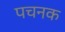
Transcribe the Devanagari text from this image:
पचनक